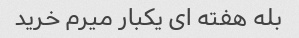
بله هفته ای یکبار میرم خرید